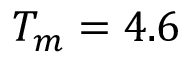
T _ { m } = 4 . 6